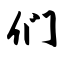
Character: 们